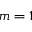
m = 1